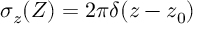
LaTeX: \sigma _ { z } ( Z ) = 2 \pi \delta ( z - z _ { 0 } )